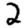
Digit: 2